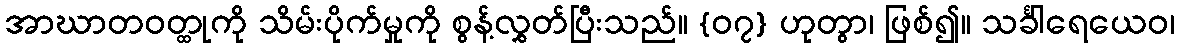
အာဃာတဝတ္ထုကို သိမ်းပိုက်မှုကို စွန့်လွှတ်ပြီးသည်။ {၀၇} ဟုတွာ၊ ဖြစ်၍။ သင်္ခါရေယေဝ၊